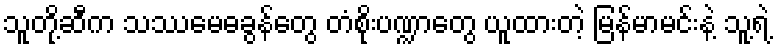
သူတို့ဆီက သဿမေဓခွန်တွေ တံစိုးပဏ္ဍာတွေ ယူထားတဲ့ မြန်မာမင်းနဲ့ သူ့ရဲ့